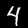
Label: 4